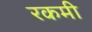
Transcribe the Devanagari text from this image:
रकमी